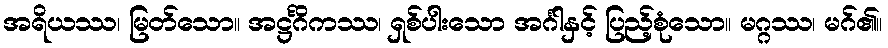
အရိယဿ၊ မြတ်သော။ အဋ္ဌင်္ဂိကဿ၊ ရှစ်ပါးသော အင်္ဂါနှင့် ပြည့်စုံသော။ မဂ္ဂဿ၊ မဂ်၏။